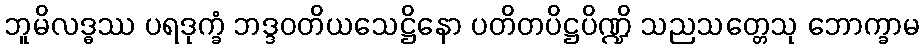
ဘူမိလဒ္ဓဿ ပရဒုက္ခံ ဘဒ္ဒဝတိယသေဋ္ဌိနော ပတိတပိဋ္ဌပိဏ္ဍိ သညသတ္တေသု ဘောက္ခာမ